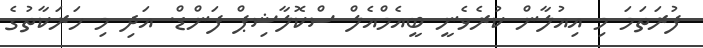
ފުރަތަމަ މި އިއުލާން ކުރެވެނީ ބީއެމްއެލް ސްކޮލާޝިޕް ފަންޑް. އަދި މި ހަރަކާތުގެ